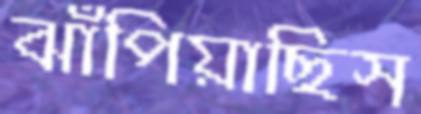
ঝাঁপিয়াছিস